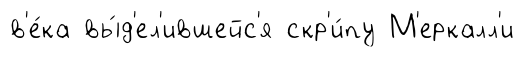
в'е́ка вы́д'ел'ившейс'я скр'и́пу М'еркалл'и